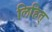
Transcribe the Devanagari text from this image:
लिहित्